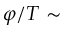
\varphi / T \sim